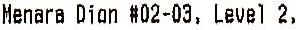
MENARA DION #02-03, LEVEL 2,